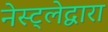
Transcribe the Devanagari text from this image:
नेस्ट्लेद्वारा